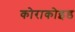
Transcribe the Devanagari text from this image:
कोराकोइड